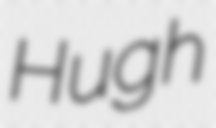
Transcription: Hugh